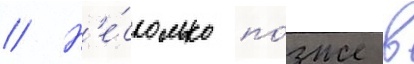
// Н'е́сколько по́зже в